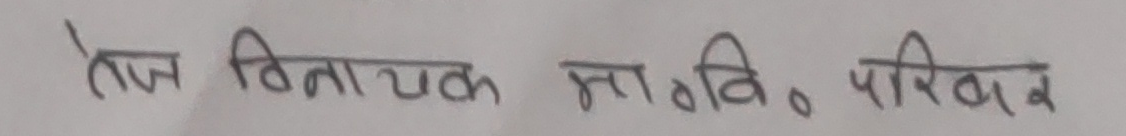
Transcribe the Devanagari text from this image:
तेज विनायक सावित्री परिवार